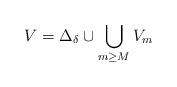
LaTeX: \begin{align*}V=\Delta_\delta\cup\bigcup_{m\geq M}V_m\end{align*}